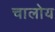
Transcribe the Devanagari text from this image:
चालोय